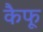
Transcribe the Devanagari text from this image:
कैफू